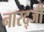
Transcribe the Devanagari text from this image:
नारद्जी